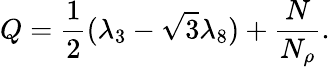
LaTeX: Q=\frac{1}{2}(\lambda_{3}-\sqrt{3}\lambda_{8})+\frac{N}{N_{\rho}}.